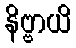
နိဗ္ဗာယိ